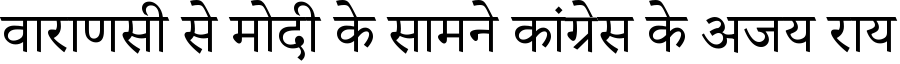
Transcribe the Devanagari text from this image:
वाराणसी से मोदी के सामने कांग्रेस के अजय राय